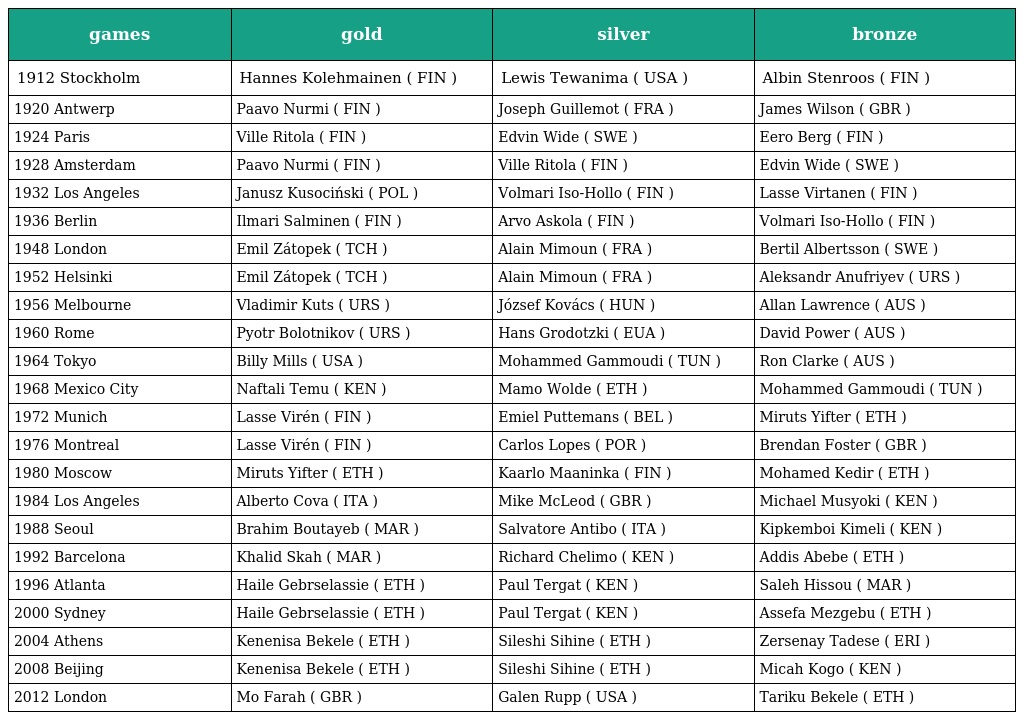
| games | gold | silver | bronze |
 | --- | --- | --- | --- |
 | 1912 Stockholm | Hannes Kolehmainen ( FIN ) | Lewis Tewanima ( USA ) | Albin Stenroos ( FIN ) |
 | 1920 Antwerp | Paavo Nurmi ( FIN ) | Joseph Guillemot ( FRA ) | James Wilson ( GBR ) |
 | 1924 Paris | Ville Ritola ( FIN ) | Edvin Wide ( SWE ) | Eero Berg ( FIN ) |
 | 1928 Amsterdam | Paavo Nurmi ( FIN ) | Ville Ritola ( FIN ) | Edvin Wide ( SWE ) |
 | 1932 Los Angeles | Janusz Kusociński ( POL ) | Volmari Iso-Hollo ( FIN ) | Lasse Virtanen ( FIN ) |
 | 1936 Berlin | Ilmari Salminen ( FIN ) | Arvo Askola ( FIN ) | Volmari Iso-Hollo ( FIN ) |
 | 1948 London | Emil Zátopek ( TCH ) | Alain Mimoun ( FRA ) | Bertil Albertsson ( SWE ) |
 | 1952 Helsinki | Emil Zátopek ( TCH ) | Alain Mimoun ( FRA ) | Aleksandr Anufriyev ( URS ) |
 | 1956 Melbourne | Vladimir Kuts ( URS ) | József Kovács ( HUN ) | Allan Lawrence ( AUS ) |
 | 1960 Rome | Pyotr Bolotnikov ( URS ) | Hans Grodotzki ( EUA ) | David Power ( AUS ) |
 | 1964 Tokyo | Billy Mills ( USA ) | Mohammed Gammoudi ( TUN ) | Ron Clarke ( AUS ) |
 | 1968 Mexico City | Naftali Temu ( KEN ) | Mamo Wolde ( ETH ) | Mohammed Gammoudi ( TUN ) |
 | 1972 Munich | Lasse Virén ( FIN ) | Emiel Puttemans ( BEL ) | Miruts Yifter ( ETH ) |
 | 1976 Montreal | Lasse Virén ( FIN ) | Carlos Lopes ( POR ) | Brendan Foster ( GBR ) |
 | 1980 Moscow | Miruts Yifter ( ETH ) | Kaarlo Maaninka ( FIN ) | Mohamed Kedir ( ETH ) |
 | 1984 Los Angeles | Alberto Cova ( ITA ) | Mike McLeod ( GBR ) | Michael Musyoki ( KEN ) |
 | 1988 Seoul | Brahim Boutayeb ( MAR ) | Salvatore Antibo ( ITA ) | Kipkemboi Kimeli ( KEN ) |
 | 1992 Barcelona | Khalid Skah ( MAR ) | Richard Chelimo ( KEN ) | Addis Abebe ( ETH ) |
 | 1996 Atlanta | Haile Gebrselassie ( ETH ) | Paul Tergat ( KEN ) | Saleh Hissou ( MAR ) |
 | 2000 Sydney | Haile Gebrselassie ( ETH ) | Paul Tergat ( KEN ) | Assefa Mezgebu ( ETH ) |
 | 2004 Athens | Kenenisa Bekele ( ETH ) | Sileshi Sihine ( ETH ) | Zersenay Tadese ( ERI ) |
 | 2008 Beijing | Kenenisa Bekele ( ETH ) | Sileshi Sihine ( ETH ) | Micah Kogo ( KEN ) |
 | 2012 London | Mo Farah ( GBR ) | Galen Rupp ( USA ) | Tariku Bekele ( ETH ) |